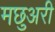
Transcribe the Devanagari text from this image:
मछुअरी